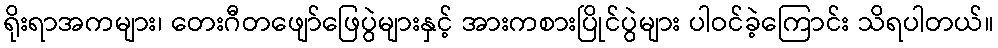
ရိုးရာအကများ၊ တေးဂီတဖျော်ဖြေပွဲများနှင့် အားကစားပြိုင်ပွဲများ ပါဝင်ခဲ့ကြောင်း သိရပါတယ်။